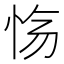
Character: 𫹽